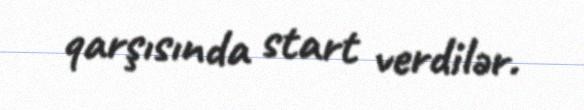
qarşısında start verdilər.